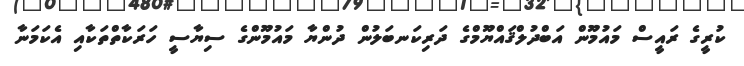
ކުރީގެ ރައީސް މައުމޫން އަބްދުލްޤައްޔޫމްގެ ދަރިކަނބަލުން ދުންޔާ މައުމޫންގެ ސިޔާސީ ހަރަކާތްތަކާއި އެކަމަނާ